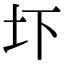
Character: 圷